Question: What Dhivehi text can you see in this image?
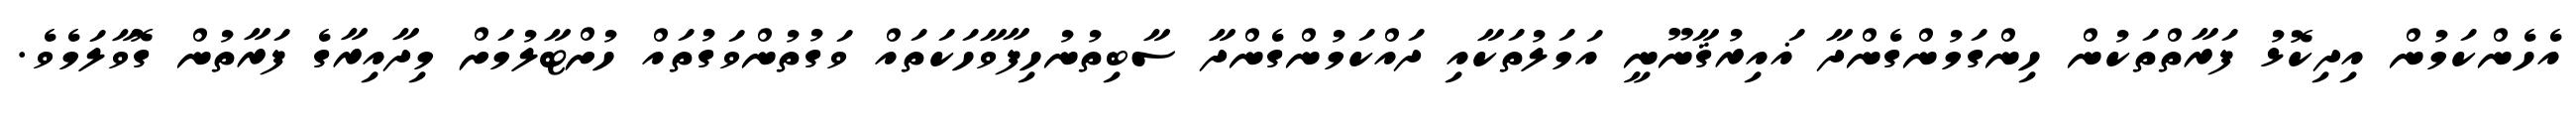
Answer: އެހެންކަމުން އިދިކޮޅު ފަރާތްތަކުން ހިންގަމުންގެންދާ ޣައިރުޤާނޫނީ އަމަލުތަކާއި ދައްކަމުންގެންދާ ސާބިތުނުހިފާވާހަކަތައް ވަގުތުންވަގުތައް ހުށްޓާލުމަށް މިދާއިރާގެ ފަރާތުން ގޮވާލަމެވެ.